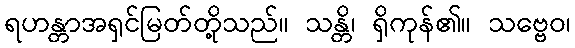
ရဟန္တာအရှင်မြတ်တို့သည်။ သန္တိ၊ ရှိကုန်၏။ သဗ္ဗေဝ၊